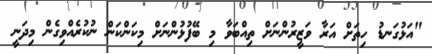
"އަޅުގަނޑު ހިތަށް އަރާ ވަޒީރުންނަށް ތިއްބަވާ މި ބޭފުޅުންނަށް މިކަންކަން ނުކުރެއްވިގެން މިދަނީ